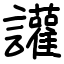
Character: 讙